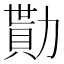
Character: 勩